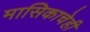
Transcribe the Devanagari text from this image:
मासिकाचेही